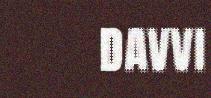
DAVVI